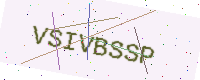
Text: VSIVBSSP